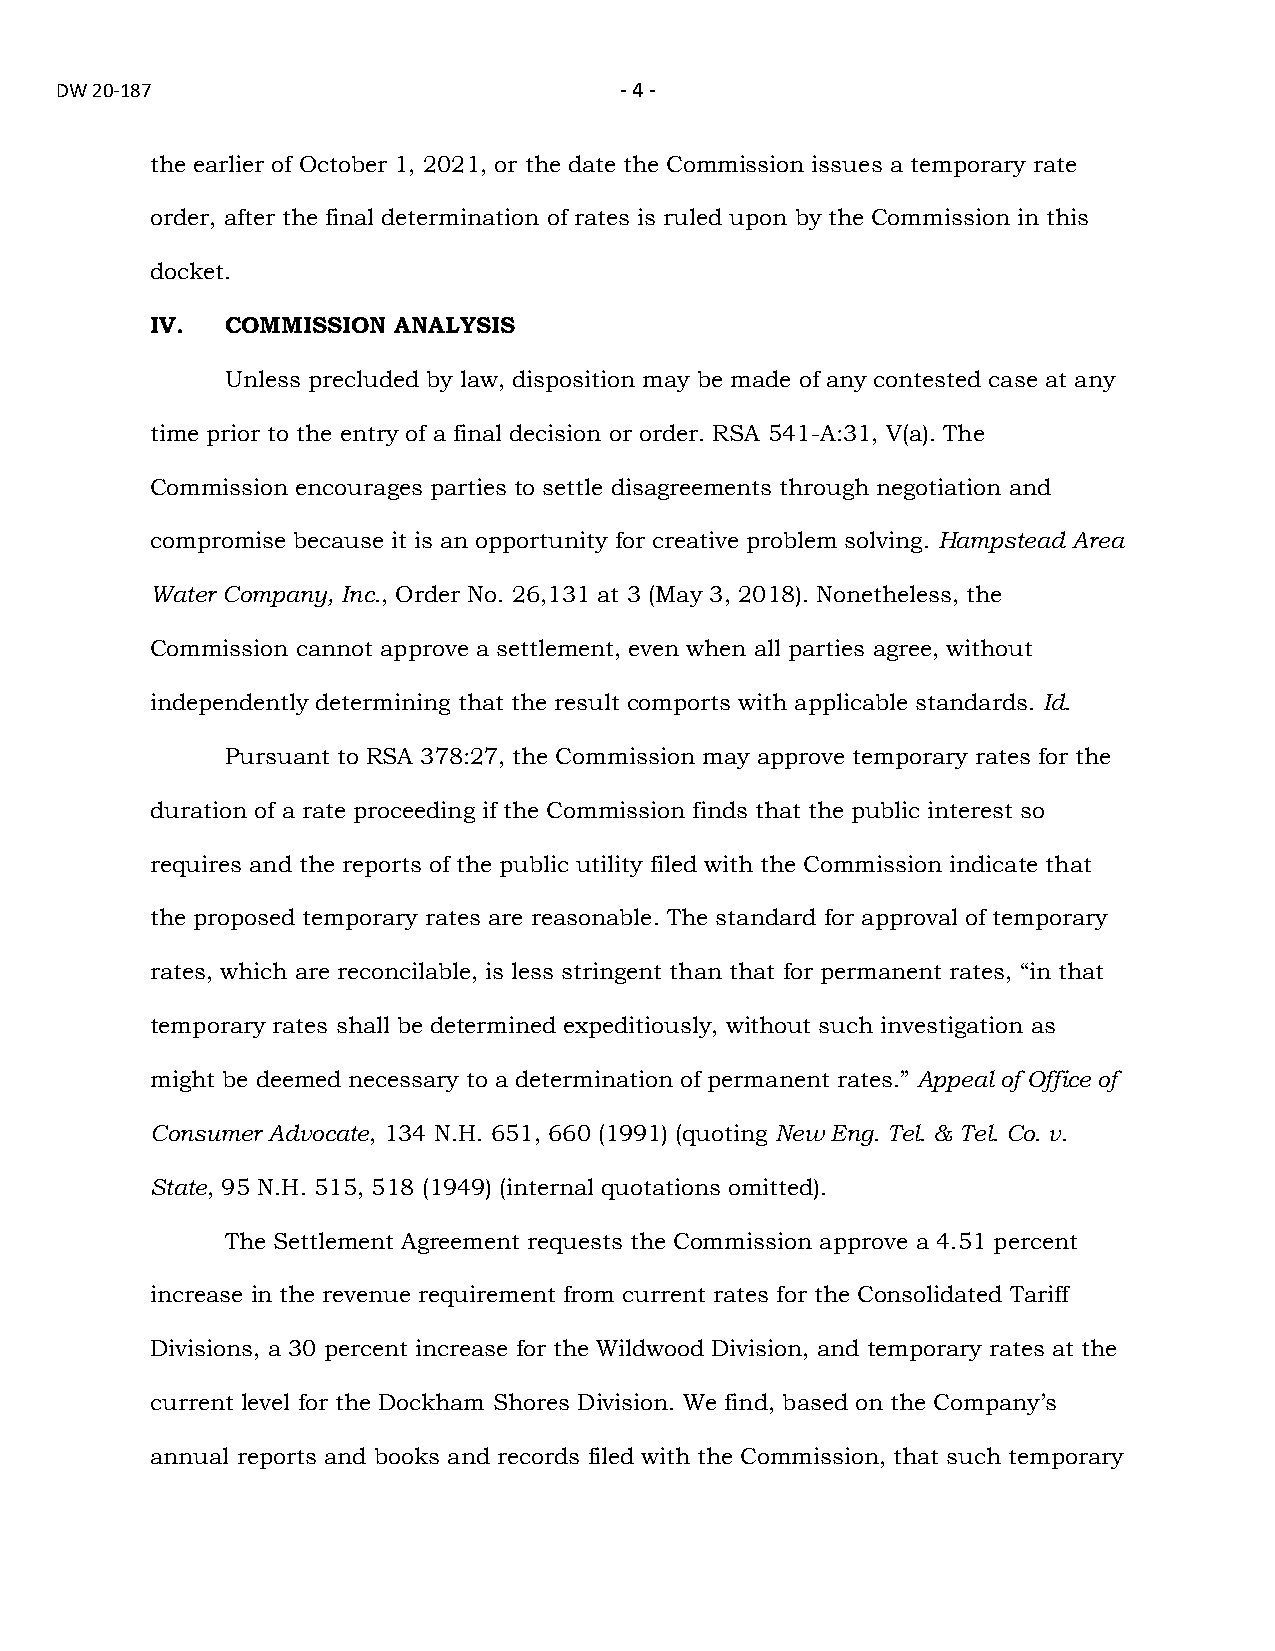
DW 20-187                            - 4 -
 the earlier of October 1, 2021, or the date the Commission issues a temporary rate
 order, after the final determination of rates is ruled upon by the Commission in this
 docket.
 IV.  COMMISSION ANALYSIS
 Unless precluded by law, disposition may be made of any contested case at any
 time prior to the entry of a final decision or order. RSA 541-A:31, V(a). The
 Commission encourages parties to settle disagreements through negotiation and
 compromise because it is an opportunity for creative problem solving. Hampstead Area
 Water Company, Inc., Order No. 26,131 at 3 (May 3, 2018). Nonetheless, the
 Commission cannot approve a settlement, even when all parties agree, without
 independently determining that the result comports with applicable standards. Id.
 Pursuant to RSA 378:27, the Commission may approve temporary rates for the
 duration of a rate proceeding if the Commission finds that the public interest so
 requires and the reports of the public utility filed with the Commission indicate that
 the proposed temporary rates are reasonable. The standard for approval of temporary
 rates, which are reconcilable, is less stringent than that for permanent rates, “in that
 temporary rates shall be determined expeditiously, without such investigation as
 might be deemed necessary to a determination of permanent rates.” Appeal of Office of
 Consumer Advocate, 134 N.H. 651, 660 (1991) (quoting New Eng. Tel. & Tel. Co. v.
 State, 95 N.H. 515, 518 (1949) (internal quotations omitted).
 The Settlement Agreement requests the Commission approve a 4.51 percent
 increase in the revenue requirement from current rates for the Consolidated Tariff
 Divisions, a 30 percent increase for the Wildwood Division, and temporary rates at the
 current level for the Dockham Shores Division. We find, based on the Company’s
 annual reports and books and records filed with the Commission, that such temporary